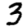
Digit: 3